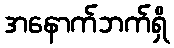
အနောက်ဘက်ရှိ